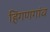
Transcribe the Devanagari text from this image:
हिंगणगांव